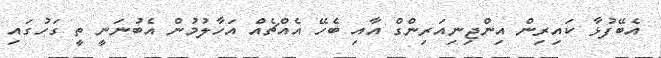
އެބޭފުޅާ ކައިރިން އިންޖިނިއަރިންގް އާއި ބެހޭ އެއްޗެއް އަހާލުމުން އެބުނަނީ ތީ ގަހުގައި